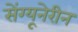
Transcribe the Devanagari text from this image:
सेंग्यूनेरीन